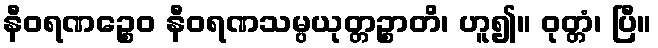
နီဝရဏဉ္စေဝ နီဝရဏသမ္ပယုတ္တဉ္စာတိ၊ ဟူ၍။ ဝုတ္တံ၊ ပြီ။